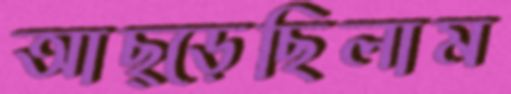
আছ্‌ড়েছিলাম